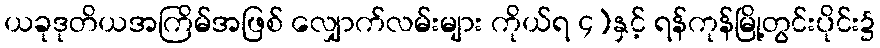
ယခုဒုတိယအကြိမ်အဖြစ် လျှောက်လမ်းများ ကိုယ်ရ ၄)နှင့် ရန်ကုန်မြို့တွင်းပိုင်း၌